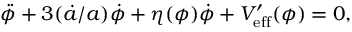
\ddot { \phi } + 3 ( \dot { a } / a ) \dot { \phi } + \eta ( \phi ) \dot { \phi } + V _ { \mathrm { e f f } } ^ { \prime } ( \phi ) = 0 ,